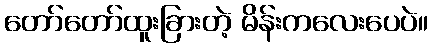
တော်တော်ထူးခြားတဲ့ မိန်းကလေးပေပဲ။